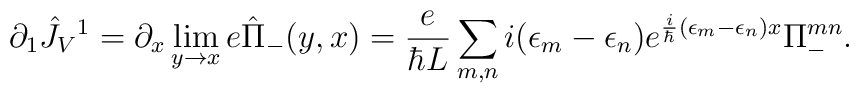
\partial_1 \hat J_V{}^1=\partial_x \lim_{y\rightarrow x} e\hat \Pi_-(y,x)={e\over \hbar L}\sum_{m,n}i(\epsilon_m-\epsilon_n)e^{{i\over \hbar}(\epsilon_m-\epsilon_n)x}\Pi_-^{mn}.